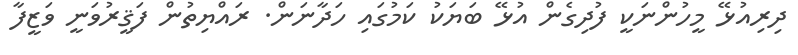
ދިރިއުޅޭ މީހުންނަކީ ފުދިގެން އުޅޭ ބަޔަކު ކަމުގައި ހަދާނަން. ރައްޔިތުން ފަޤީރުވަނީ ވަޒީފާ